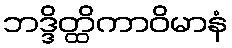
ဘဒ္ဒိတ္ထိကာဝိမာနံ